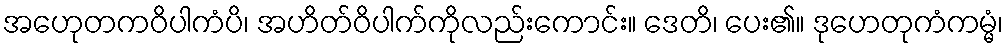
အဟေုတကဝိပါကံပိ၊ အဟိတ်ဝိပါက်ကိုလည်းကောင်း။ ဒေတိ၊ ပေး၏။ ဒုဟေတုကံကမ္မံ၊